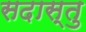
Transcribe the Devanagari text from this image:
सदास्तु